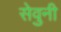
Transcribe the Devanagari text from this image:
सेवुनी